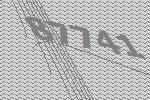
87741